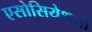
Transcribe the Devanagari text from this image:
एसोसियेशनों